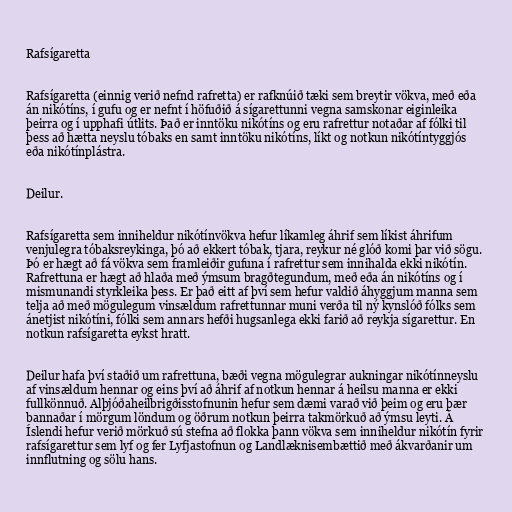
Rafsígaretta

Rafsígaretta (einnig verið nefnd rafretta) er rafknúið tæki sem breytir vökva, með eða
án nikótíns, í gufu og er nefnt í höfuðið á sígarettunni vegna samskonar eiginleika
þeirra og í upphafi útlits. Það er inntöku nikótíns og eru rafrettur notaðar af fólki til
þess að hætta neyslu tóbaks en samt inntöku nikótíns, líkt og notkun nikótíntyggjós
eða nikótínplástra.

Deilur.

Rafsígaretta sem inniheldur nikótínvökva hefur líkamleg áhrif sem líkist áhrifum
venjulegra tóbaksreykinga, þó að ekkert tóbak, tjara, reykur né glóð komi þar við sögu.
Þó er hægt að fá vökva sem framleiðir gufuna í rafrettur sem innihalda ekki nikótín.
Rafrettuna er hægt að hlaða með ýmsum bragðtegundum, með eða án nikótíns og í
mismunandi styrkleika þess. Er það eitt af því sem hefur valdið áhyggjum manna sem
telja að með mögulegum vinsældum rafrettunnar muni verða til ný kynslóð fólks sem
ánetjist nikótíni, fólki sem annars hefði hugsanlega ekki farið að reykja sígarettur. En
notkun rafsígaretta eykst hratt.

Deilur hafa því staðið um rafrettuna, bæði vegna mögulegrar aukningar nikótínneyslu
af vinsældum hennar og eins því að áhrif af notkun hennar á heilsu manna er ekki
fullkönnuð. Alþjóðaheilbrigðisstofnunin hefur sem dæmi varað við þeim og eru þær
bannaðar í mörgum löndum og öðrum notkun þeirra takmörkuð að ýmsu leyti. Á
Íslendi hefur verið mörkuð sú stefna að flokka þann vökva sem inniheldur nikótín fyrir
rafsígarettur sem lyf og fer Lyfjastofnun og Landlæknisembættið með ákvarðanir um
innflutning og sölu hans.